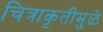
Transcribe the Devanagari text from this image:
चित्राकृतीमुळे